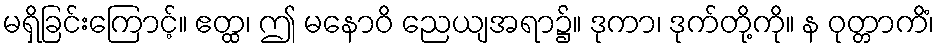
မရှိခြင်းကြောင့်။ ဧတ္ထ၊ ဤ မနောဝိ ညေယျအရာ၌။ ဒုကာ၊ ဒုက်တို့ကို။ န ဝုတ္တာကိံ၊